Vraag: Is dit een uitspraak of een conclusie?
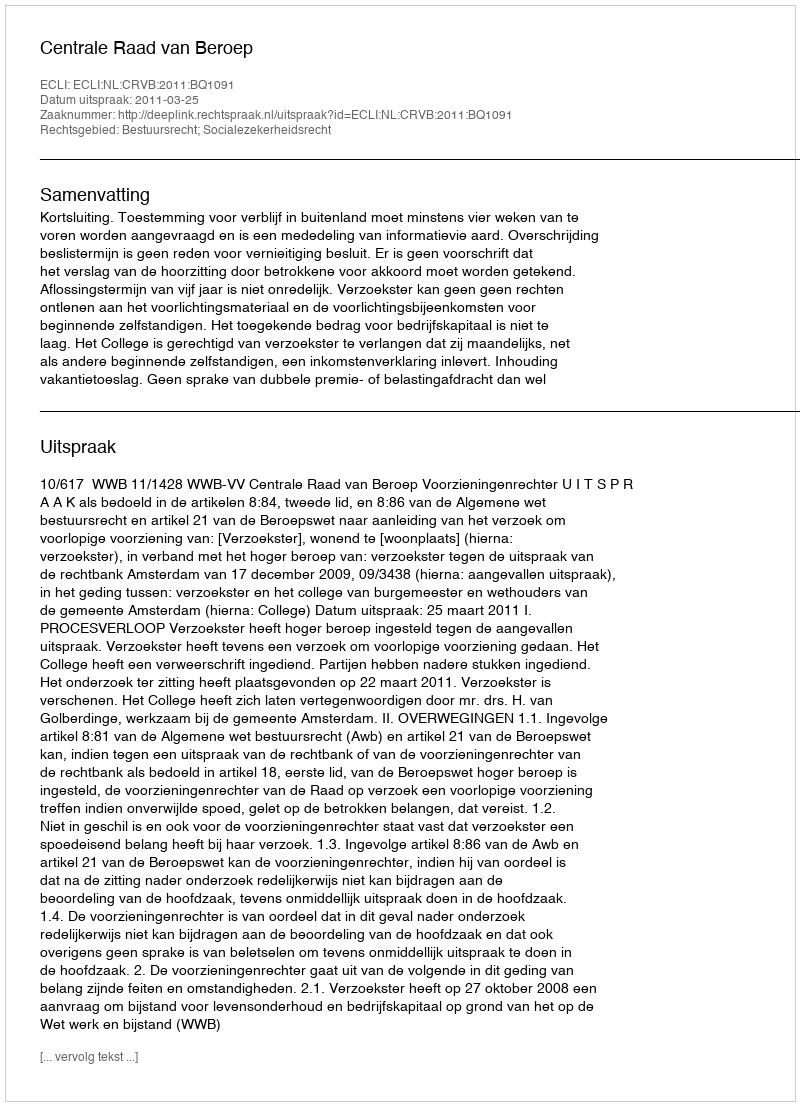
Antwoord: Uitspraak